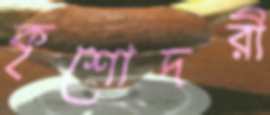
কৃশোদরী